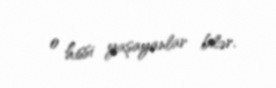
o hissi yaşayanlar bilər.